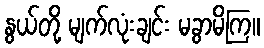
နွယ်တို့ မျက်လုံးချင်း မခွာမိကြ။